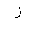
Letter: _zay